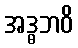
အဒ္ဓဘဝိ